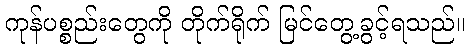
ကုန်ပစ္စည်းတွေကို တိုက်ရိုက် မြင်တွေ့ခွင့်ရသည်။